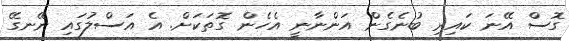
ގޮސް އޭނަ ކައިރި ބުނެގެން އަންނާނީ އެހެން ގޮތަކަށް. އެ އަސްލުގައި ނޭނގޭ